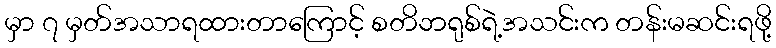
မှာ ၇ မှတ်အသာရထားတာကြောင့် စတိဘရုစ်ရဲ့အသင်းက တန်းမဆင်းရဖို့